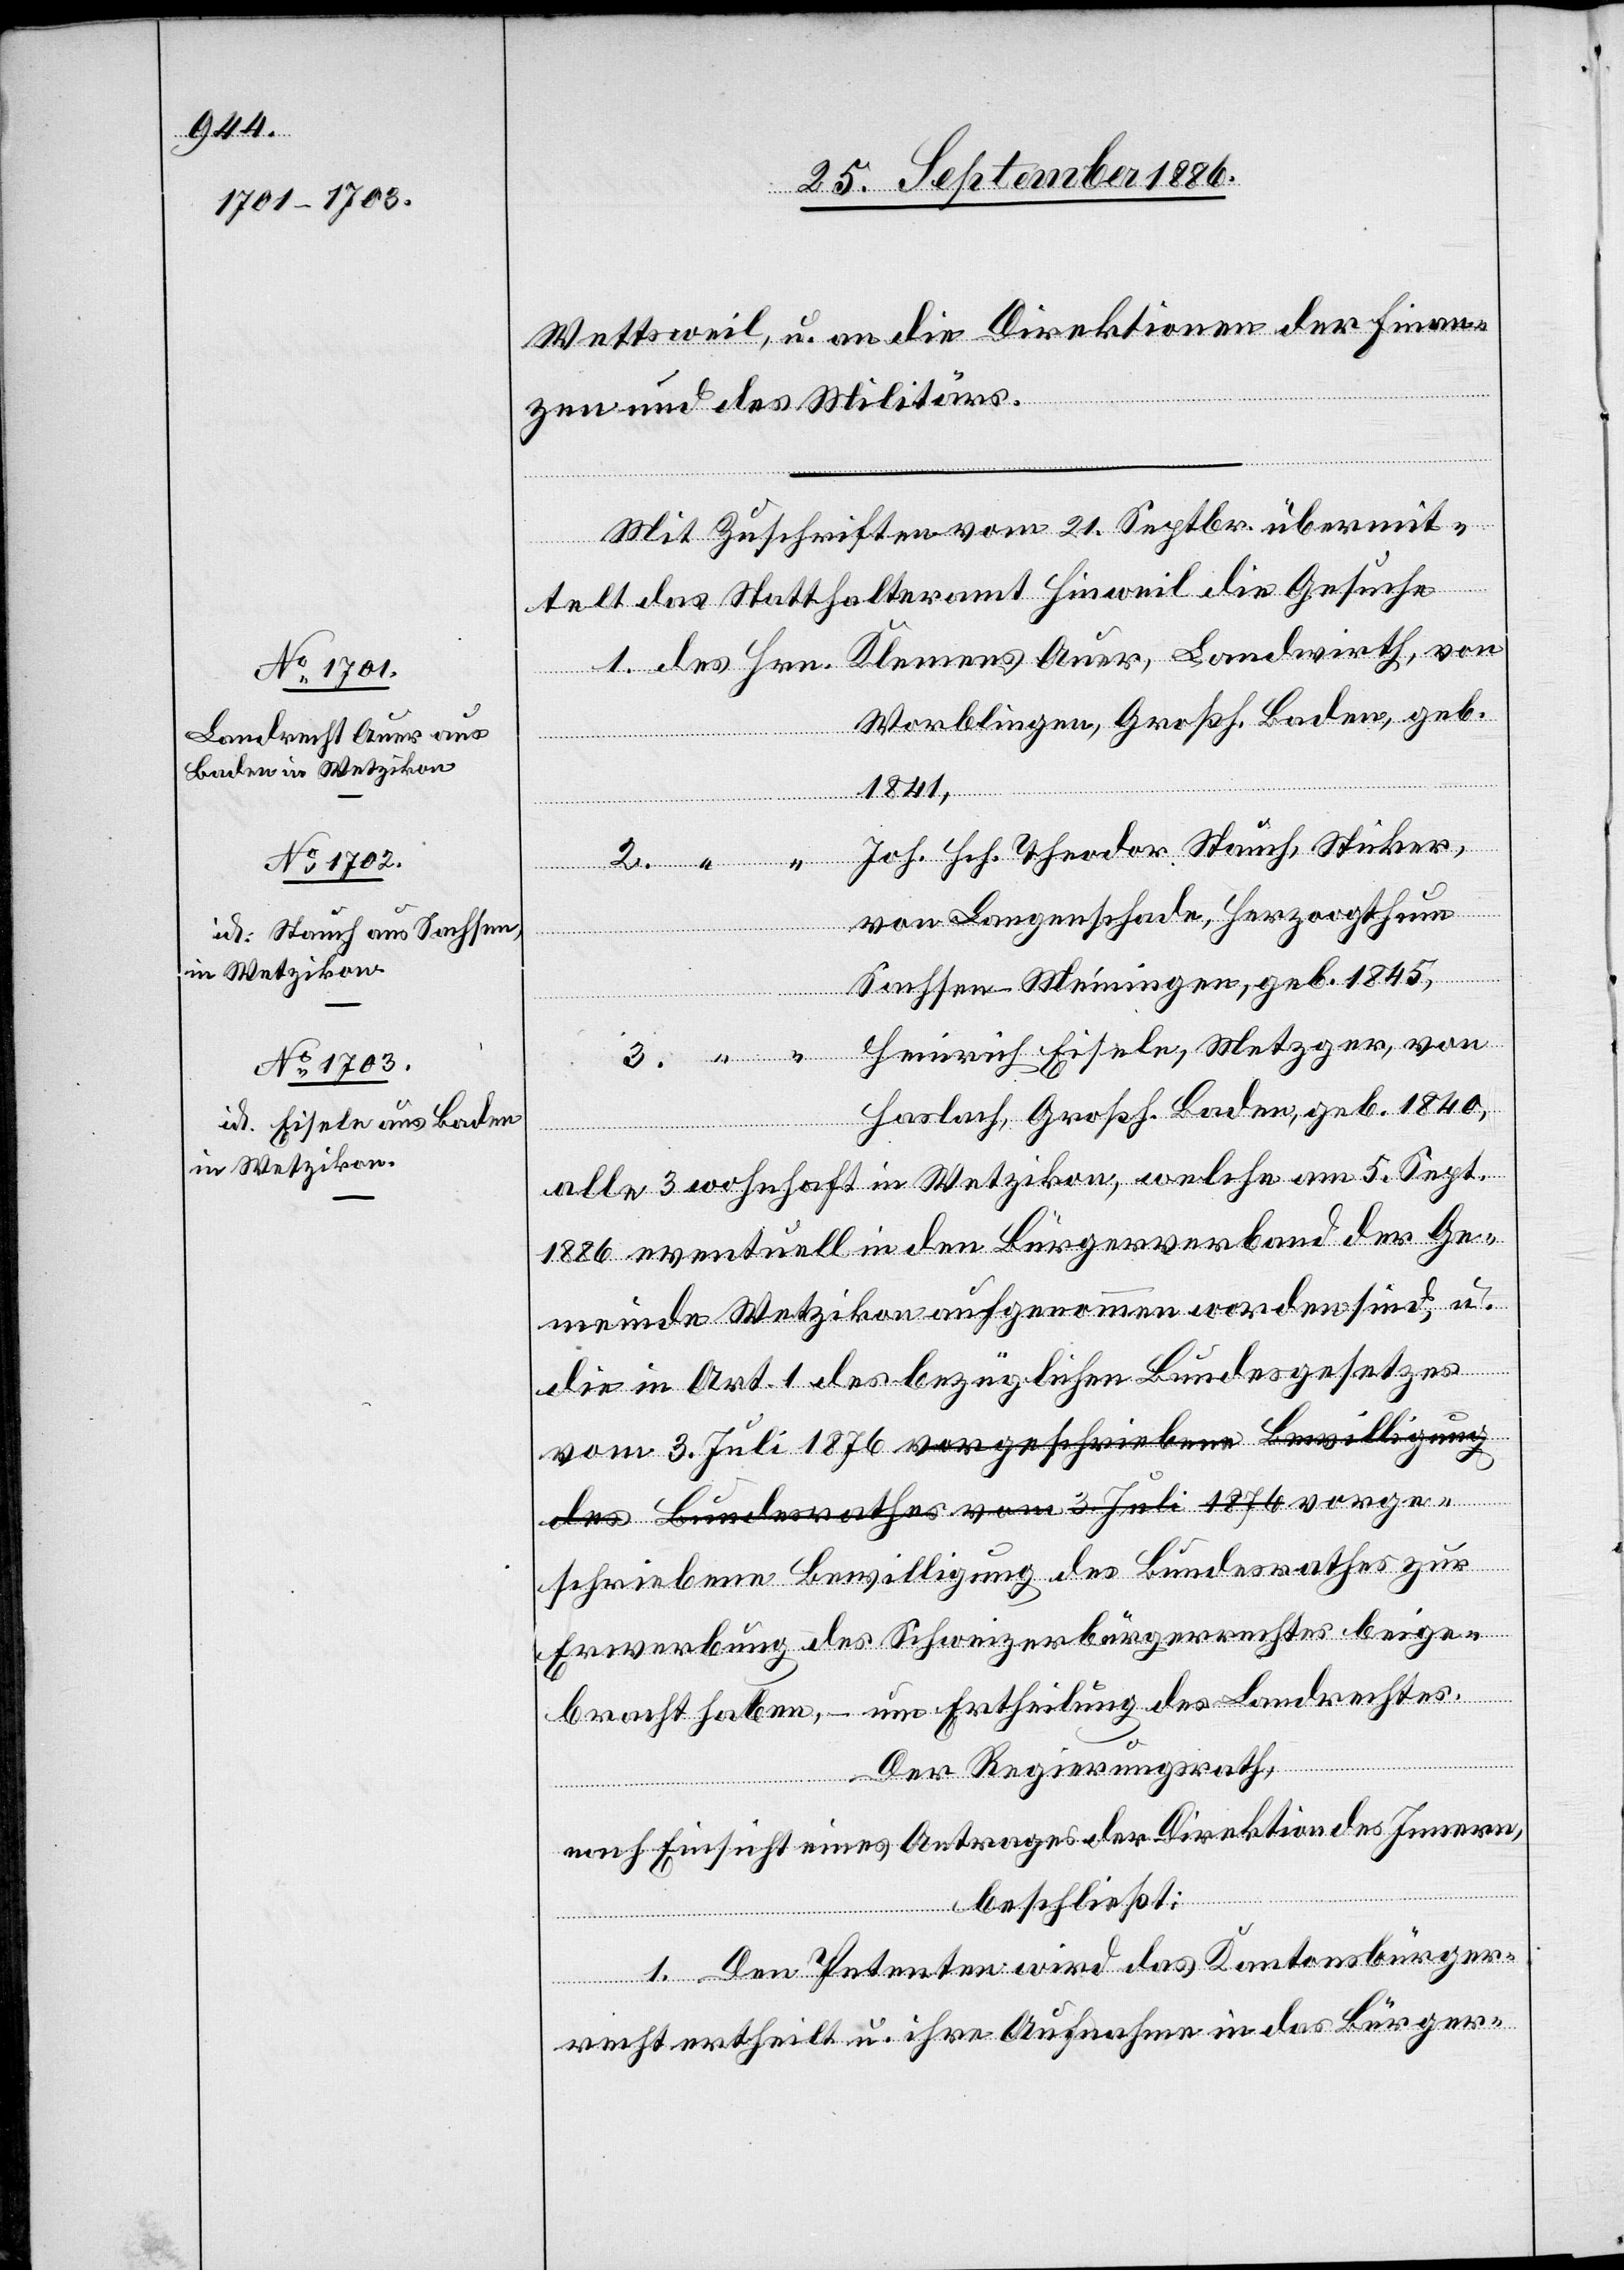
Wettsweil, u. an die Direktionen der Finan¬
zen und des Militärs.
Mit Zuschrift vom 21. Septbr. übermit¬
telt das Statthalteramt Hinweil die Gesuche:
1. des Hrn. Klemens Auer, Landwirth, von
Worblingen, Großh. Baden, geb.
zur
1841,
Joh. Hch. Theodor Stauch, Sticker,
von Langenschade, Herzogthum
Sachsen-Meiningen, geb. 1845,
Heinrich Eisele, Metzger, von
Haslach, Großh. Baden, geb. 1840,
des
alle 3 wohnhaft in Wetzikon, welche am 5. Sept.
1886 eventuell in den Bürgerverband der Ge¬
meinde Wetzikon aufgenommen worden sind, u.
die in Art. 1 des bezüglichen Bundesgesetzes
vom 3. Juli 1876 vorgeschriebene Bewilligung
Erwerbung des Schweizerbürgerrechtes beige¬
bracht haben, – um Ertheilung des Landrechtes.
Der Regierungsrath,
nach Einsicht eines Antrages der Direktion des Innern,
Bundesrathes
beschließt:
1. Den Petenten wird das Kantonsbürger¬
recht ertheilt u. ihre Aufnahme in das Bürger-